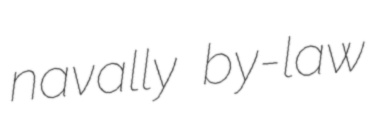
navally by-law